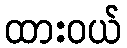
ထားဝယ်